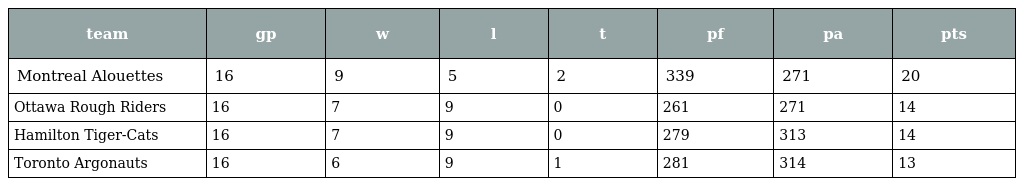
| team | gp | w | l | t | pf | pa | pts |
 | --- | --- | --- | --- | --- | --- | --- | --- |
 | Montreal Alouettes | 16 | 9 | 5 | 2 | 339 | 271 | 20 |
 | Ottawa Rough Riders | 16 | 7 | 9 | 0 | 261 | 271 | 14 |
 | Hamilton Tiger-Cats | 16 | 7 | 9 | 0 | 279 | 313 | 14 |
 | Toronto Argonauts | 16 | 6 | 9 | 1 | 281 | 314 | 13 |